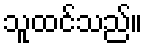
သူထင်သည်။